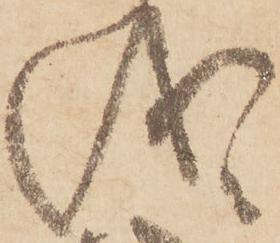
儀